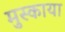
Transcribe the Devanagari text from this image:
मुस्काया